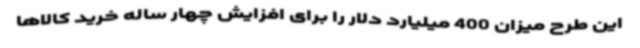
این طرح میزان 400 میلیارد دلار را برای افزایش چهار ساله خرید کالاها